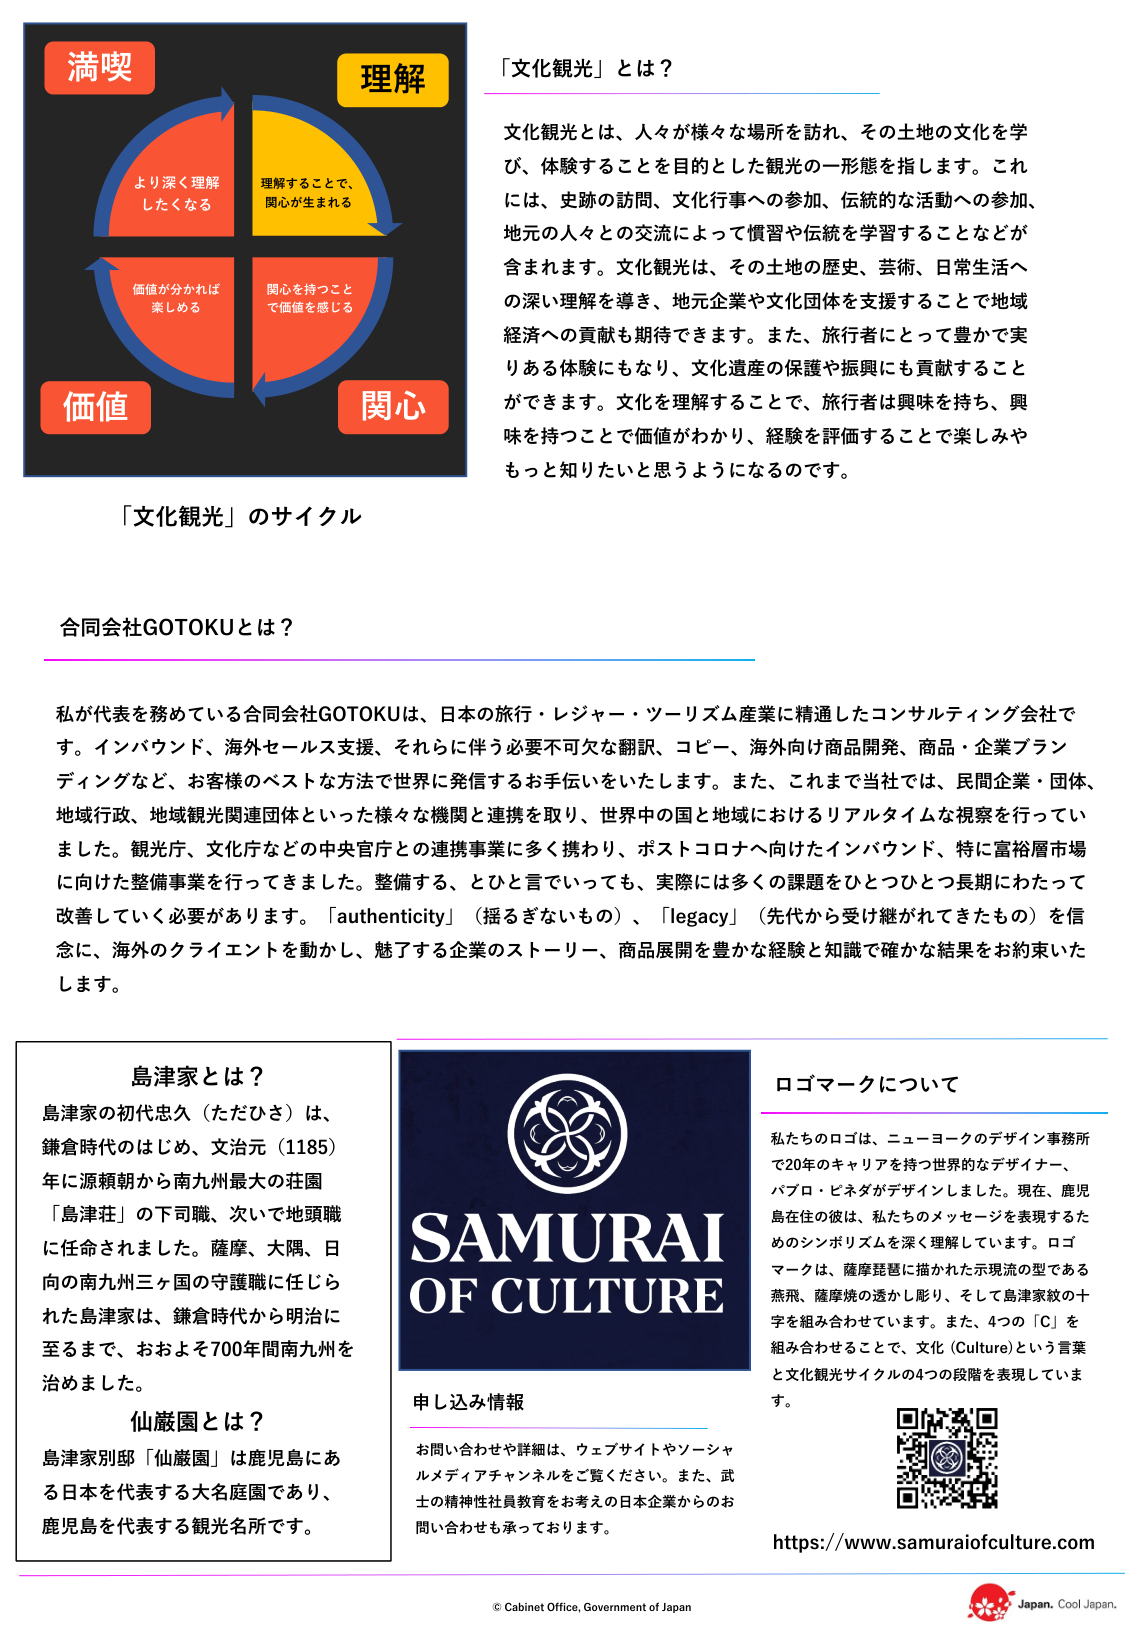
「文化観光」とは？

文化観光とは、人々が様々な場所を訪れ、その土地の文化を学び、体験することを目的とした観光の一形態を指します。これには、史跡の訪問、文化行事への参加、伝統的な活動への参加、地元の人々との交流によって慣習や伝統を学習することなどが含まれます。文化観光は、その土地の歴史、芸術、日常生活への深い理解を導き、地元企業や文化団体を支援することで地域経済への貢献も期待できます。また、旅行者にとって豊かで実りある体験にもなり、文化遺産の保護や振興にも貢献することができます。文化を理解することで、旅行者は興味を持ち、興味を持つことで価値がわかり、経験を評価することで楽しみやもっと知りたいと思うようになるのです。

「文化観光」のサイクル

満喫
より深く理解したくなる

理解
理解することで、関心が生まれる

関心
関心を持つことで価値を感じる

価値
価値が分かれば楽しめる

合同会社GOTOKUとは？

私が代表を務めている合同会社GOTOKUは、日本の旅行・レジャー・ツーリズム産業に精通したコンサルティング会社です。インバウンド、海外セールス支援、それらに伴う必要不可欠な翻訳、コピー、海外向け商品開発、商品・企業ブランディングなど、お客様のベストな方法で世界に発信するお手伝いをいたします。また、これまで当社では、民間企業・団体、地域行政、地域観光関連団体といった様々な機関と連携を取り、世界中の国と地域におけるリアルタイムな視察を行ってきました。観光庁、文化庁などの中央官庁との連携事業に多く携わり、ポストコロナへ向けたインバウンド、特に富裕層市場に向けた整備事業を行ってきました。整備する、とひと言でいっても、実際には多くの課題をひとつひとつ長期にわたって改善していく必要があります。「authenticity」（揺るぎないもの）、「legacy」（先代から受け継がれてきたもの）を信念に、海外のクライアントを動かし、魅了する企業のストーリー、商品展開を豊かな経験と知識で確かな結果をお約束いたします。

島津家とは？
島津家の初代忠久（ただひさ）は、鎌倉時代のはじめ、文治元（1185）年に源頼朝から南九州最大の荘園「島津荘」の下司職、次いで地頭職に任命されました。薩摩、大隅、日向の南九州三国の守護職に任じられた島津家は、鎌倉時代から明治に至るまで、およそ700年間南九州を治めました。

仙巌園とは？
島津家別邸「仙巌園」は鹿児島にある日本を代表する大名庭園であり、鹿児島を代表する観光名所です。

ロゴマークについて
私たちのロゴは、ニューヨークのデザイン事務所で20年のキャリアを持つ世界的なデザイナー、パブロ・ピネダがデザインしました。現在、鹿児島在住の彼は、私たちのメッセージを表現するためのシンボリズムを深く理解しています。ロゴマークは、薩摩琵琶に描かれた示現流の型である燕飛、薩摩焼の透かし彫り、そして島津家紋の十字を組み合わせています。また、4つの「C」を組み合わせることで、文化（Culture）という言葉と文化観光サイクルの4つの段階を表現しています。

SAMURAI OF CULTURE

申し込み情報
お問い合わせや詳細は、ウェブサイトやソーシャルメディアチャンネルをご覧ください。また、武士の精神性社員教育をお考えの日本企業からのお問い合わせも承っております。

https://www.samuraiofculture.com

© Cabinet Office, Government of Japan
Japan. Cool Japan.